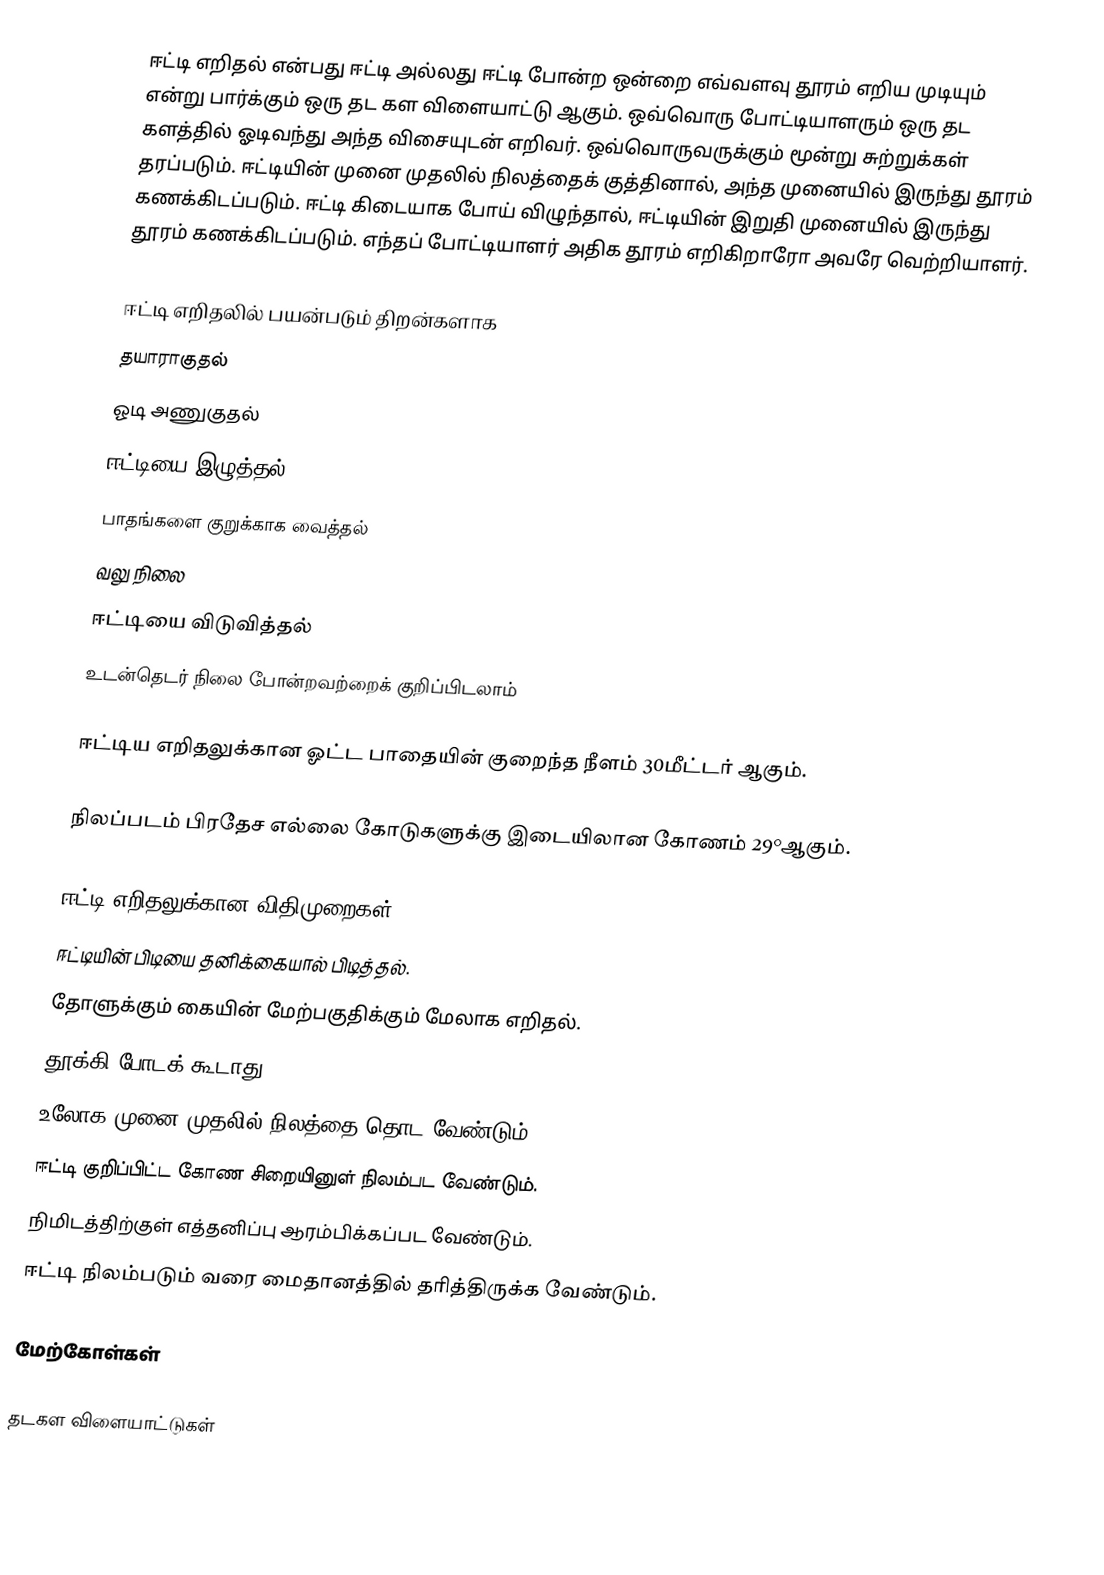
ஈட்டி எறிதல் என்பது ஈட்டி அல்லது ஈட்டி போன்ற ஒன்றை எவ்வளவு தூரம் எறிய முடியும் என்று பார்க்கும் ஒரு தட கள விளையாட்டு ஆகும். ஒவ்வொரு போட்டியாளரும் ஒரு தட களத்தில் ஓடிவந்து அந்த விசையுடன் எறிவர். ஒவ்வொருவருக்கும் மூன்று சுற்றுக்கள் தரப்படும். ஈட்டியின் முனை முதலில் நிலத்தைக் குத்தினால், அந்த முனையில் இருந்து தூரம் கணக்கிடப்படும். ஈட்டி கிடையாக போய் விழுந்தால், ஈட்டியின் இறுதி முனையில் இருந்து தூரம் கணக்கிடப்படும். எந்தப் போட்டியாளர் அதிக தூரம் எறிகிறாரோ அவரே வெற்றியாளர்.

ஈட்டி எறிதலில் பயன்படும் திறன்களாக
 தயாராகுதல்
 ஓடி அணுகுதல்
 ஈட்டியை இழுத்தல்
 பாதங்களை குறுக்காக வைத்தல்
 வலு நிலை
 ஈட்டியை விடுவித்தல்
 உடன்தெடர் நிலை                  போன்றவற்றைக் குறிப்பிடலாம்

ஈட்டிய எறிதலுக்கான ஓட்ட பாதையின் குறைந்த நீளம் 30மீட்டர் ஆகும்.

நிலப்படம் பிரதேச எல்லை கோடுகளுக்கு இடையிலான கோணம் 29°ஆகும்.

ஈட்டி எறிதலுக்கான விதிமுறைகள்...
 ஈட்டியின் பிடியை தனிக்கையால் பிடித்தல்.
 தோளுக்கும் கையின் மேற்பகுதிக்கும் மேலாக எறிதல்.
 தூக்கி போடக் கூடாது.
 உலோக முனை முதலில் நிலத்தை தொட வேண்டும்.
 ஈட்டி குறிப்பிட்ட கோண சிறையினுள் நிலம்பட வேண்டும்.
 நிமிடத்திற்குள் எத்தனிப்பு ஆரம்பிக்கப்பட வேண்டும்.
 ஈட்டி நிலம்படும் வரை மைதானத்தில் தரித்திருக்க வேண்டும்.

மேற்கோள்கள்

தடகள விளையாட்டுகள்